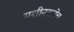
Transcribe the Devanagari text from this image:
मशीनद्वारेच